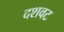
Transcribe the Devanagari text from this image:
दशवट